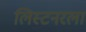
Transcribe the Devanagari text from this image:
लिस्टनरला